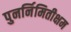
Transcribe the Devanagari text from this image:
पुनर्निमितीक्षम